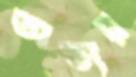
অত্যয়